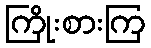
ကြိုးစားကြ